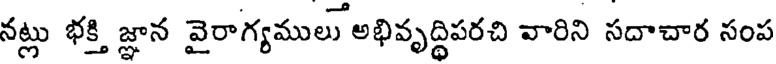
నట్లు భక్తి జ్ఞాన వైరాగ్యములు అభివృద్ధిపరచి వారిని సదాచార సంప